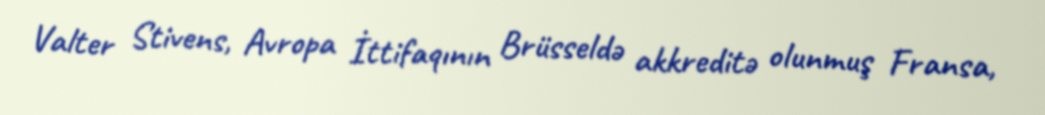
Valter Stivens, Avropa İttifaqının Brüsseldə akkreditə olunmuş Fransa,